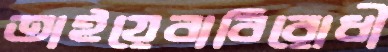
তাইয়েবাবিরোধী